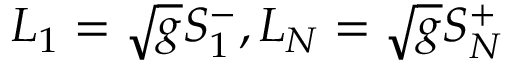
L _ { 1 } = \sqrt { g } S _ { 1 } ^ { - } , L _ { N } = \sqrt { g } S _ { N } ^ { + }